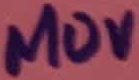
Text: 140V